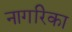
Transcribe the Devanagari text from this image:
नागरिका